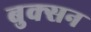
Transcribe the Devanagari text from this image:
बुक्सन